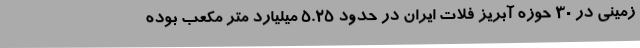
زمینی در 30 حوزه آبریز فلات ایران در حدود 5.25 میلیارد متر مکعب بوده